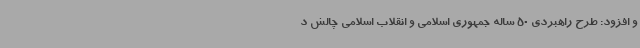
و افزود: طرح راهبردی 50 ساله جمهوری اسلامی و انقلاب اسلامی چالش د